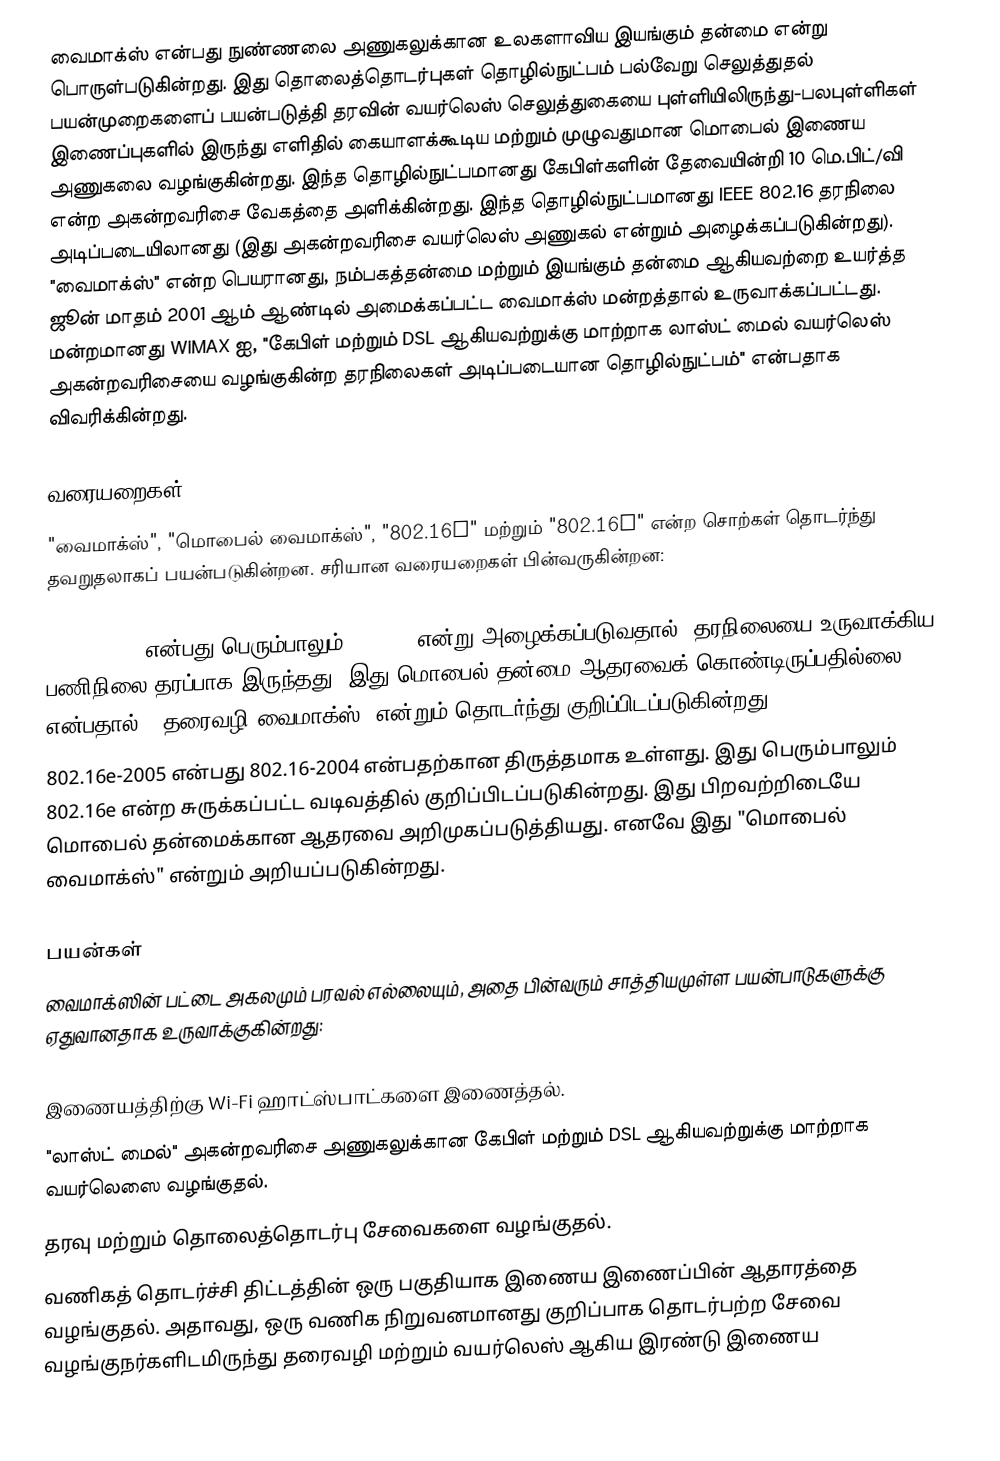
வைமாக்ஸ் என்பது நுண்ணலை அணுகலுக்கான உலகளாவிய இயங்கும் தன்மை என்று பொருள்படுகின்றது. இது தொலைத்தொடர்புகள் தொழில்நுட்பம் பல்வேறு செலுத்துதல் பயன்முறைகளைப் பயன்படுத்தி தரவின் வயர்லெஸ் செலுத்துகையை புள்ளியிலிருந்து-பலபுள்ளிகள் இணைப்புகளில் இருந்து எளிதில் கையாளக்கூடிய மற்றும் முழுவதுமான மொபைல் இணைய அணுகலை வழங்குகின்றது. இந்த தொழில்நுட்பமானது கேபிள்களின் தேவையின்றி 10 மெ.பிட்/வி  என்ற அகன்றவரிசை வேகத்தை அளிக்கின்றது. இந்த தொழில்நுட்பமானது IEEE 802.16 தரநிலை அடிப்படையிலானது (இது அகன்றவரிசை வயர்லெஸ் அணுகல் என்றும் அழைக்கப்படுகின்றது). "வைமாக்ஸ்" என்ற பெயரானது, நம்பகத்தன்மை மற்றும் இயங்கும் தன்மை ஆகியவற்றை உயர்த்த ஜூன் மாதம் 2001 ஆம் ஆண்டில் அமைக்கப்பட்ட வைமாக்ஸ் மன்றத்தால் உருவாக்கப்பட்டது. மன்றமானது WiMAX ஐ, "கேபிள் மற்றும் DSL ஆகியவற்றுக்கு மாற்றாக லாஸ்ட் மைல் வயர்லெஸ் அகன்றவரிசையை வழங்குகின்ற தரநிலைகள் அடிப்படையான தொழில்நுட்பம்" என்பதாக விவரிக்கின்றது.

வரையறைகள்
"வைமாக்ஸ்", "மொபைல் வைமாக்ஸ்", "802.16d" மற்றும் "802.16e" என்ற சொற்கள் தொடர்ந்து தவறுதலாகப் பயன்படுகின்றன. சரியான வரையறைகள் பின்வருகின்றன:

 802.16-2004 என்பது பெரும்பாலும் 802.16d என்று அழைக்கப்படுவதால், தரநிலையை உருவாக்கிய பணிநிலை தரப்பாக இருந்தது. இது மொபைல் தன்மை ஆதரவைக் கொண்டிருப்பதில்லை என்பதால், "தரைவழி வைமாக்ஸ்" என்றும் தொடர்ந்து குறிப்பிடப்படுகின்றது.
 802.16e-2005 என்பது 802.16-2004 என்பதற்கான திருத்தமாக உள்ளது. இது பெரும்பாலும் 802.16e என்ற சுருக்கப்பட்ட வடிவத்தில் குறிப்பிடப்படுகின்றது. இது பிறவற்றிடையே மொபைல் தன்மைக்கான ஆதரவை அறிமுகப்படுத்தியது. எனவே இது "மொபைல் வைமாக்ஸ்" என்றும் அறியப்படுகின்றது.

பயன்கள்
வைமாக்ஸின் பட்டை அகலமும் பரவல் எல்லையும், அதை பின்வரும் சாத்தியமுள்ள பயன்பாடுகளுக்கு ஏதுவானதாக உருவாக்குகின்றது:

 இணையத்திற்கு Wi-Fi ஹாட்ஸ்பாட்களை இணைத்தல்.
 "லாஸ்ட் மைல்" அகன்றவரிசை அணுகலுக்கான கேபிள் மற்றும் DSL ஆகியவற்றுக்கு மாற்றாக வயர்லெஸை வழங்குதல்.
 தரவு மற்றும் தொலைத்தொடர்பு சேவைகளை வழங்குதல்.
 வணிகத் தொடர்ச்சி திட்டத்தின் ஒரு பகுதியாக இணைய இணைப்பின் ஆதாரத்தை வழங்குதல். அதாவது, ஒரு வணிக நிறுவனமானது குறிப்பாக தொடர்பற்ற சேவை வழங்குநர்களிடமிருந்து தரைவழி மற்றும் வயர்லெஸ் ஆகிய இரண்டு இணைய